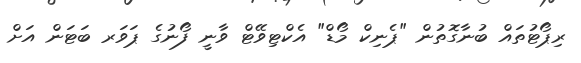
ރިޕޯޓުތައް ބުނާގޮތުން "ޕެނިކް މޯޑް" އެކްޓިވޭޓް ވާނީ ފޯނުގެ ޕަވަރ ބަޓަން އަށް